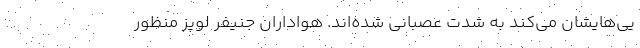
یی‌هایشان می‌کند به شدت عصبانی شده‌اند. هواداران جنیفر لوپز منظور